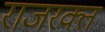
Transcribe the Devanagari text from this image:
राजरक्त